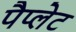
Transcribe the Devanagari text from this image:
पैप्लेट